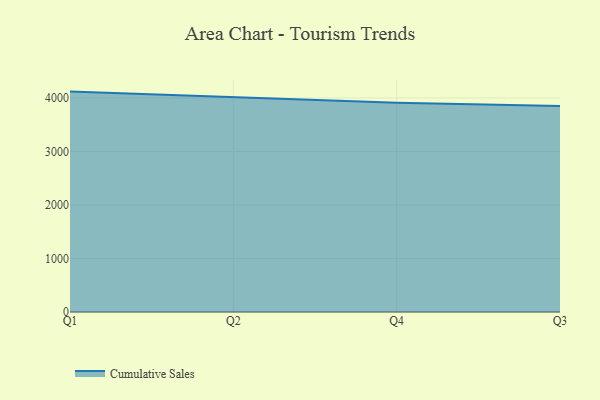
{"axis": {"x": "Quarter", "y": "Budget (USD K)"}, "legend": ["Cumulative Sales"], "data": [{"x": "Q1", "y": 4118.1, "type": "Cumulative Sales"}, {"x": "Q2", "y": 4019.3, "type": "Cumulative Sales"}, {"x": "Q4", "y": 3909.0, "type": "Cumulative Sales"}, {"x": "Q3", "y": 3849.4, "type": "Cumulative Sales"}]}